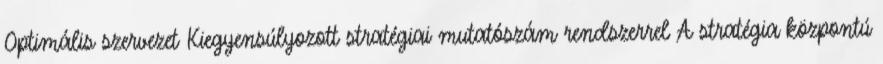
Optimális szervezet Kiegyensúlyozott stratégiai mutatószám rendszerrel A stratégia központú